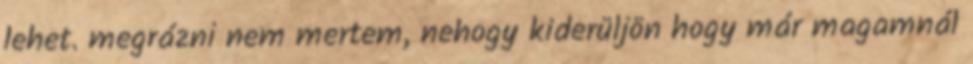
lehet. megrázni nem mertem, nehogy kiderüljön hogy már magamnál